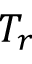
T _ { r }